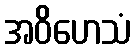
အဝိဟေသံ